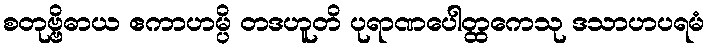
စတုဗ္ဗိဓာယ ဧကာဟမ္ပိ တဒဟူတိ ပုရာဏပေါတ္ထကေသု ဒသာဟပရမံ